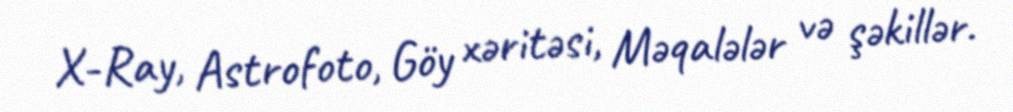
X-Ray, Astrofoto, Göy xəritəsi, Məqalələr və şəkillər.